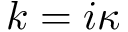
k = i \kappa